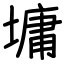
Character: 墉